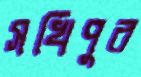
সখিপুর